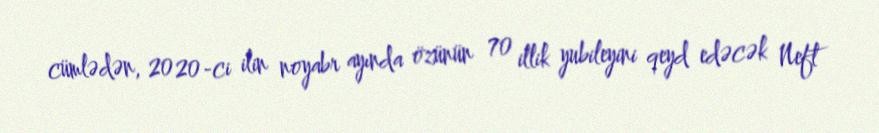
cümlədən, 2020-ci ilin noyabr ayında özünün 70 illik yubileyini qeyd edəcək Neft